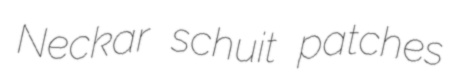
Neckar schuit patches